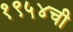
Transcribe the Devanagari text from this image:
१९५४ची